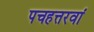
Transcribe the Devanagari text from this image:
पचहत्तरवां